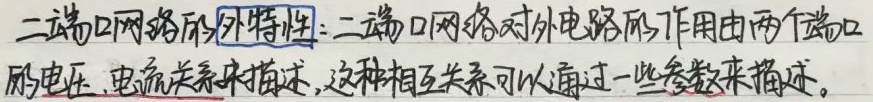
二端口网络的外特性：二端口网络对外电路的作用由两个端口的电压、电流关系来描述，这种相互关系可以通过一些参数来描述。